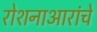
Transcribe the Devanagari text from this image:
रोशनाआरांचे